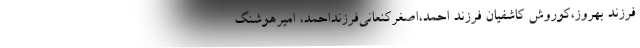
فرزند بهروز،کوروش کاشفیان فرزند احمد،اصغرکنعانی‌فرزنداحمد، امیرهوشنگ